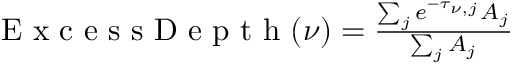
\begin{array} { r } { \mathrm { ~ E ~ x ~ c ~ e ~ s ~ s ~ D ~ e ~ p ~ t ~ h ~ } ( \nu ) = \frac { \sum _ { j } e ^ { - \tau _ { \nu , j } } A _ { j } } { \sum _ { j } A _ { j } } } \end{array}